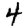
Digit: 4